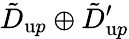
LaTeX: {\tilde{D}}_{{\textrm up}}\oplus{\tilde{D}}_{{\textrm up}}^{\prime}